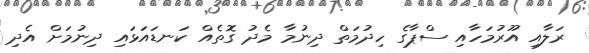
ރަލާއި އޫރުމަހާއި ސްޕާގެ ހިދުމަތް ދިނުމާ މެދު ގޮތެއް ކަނޑައަޅައި ދިނުމަށް އެދި